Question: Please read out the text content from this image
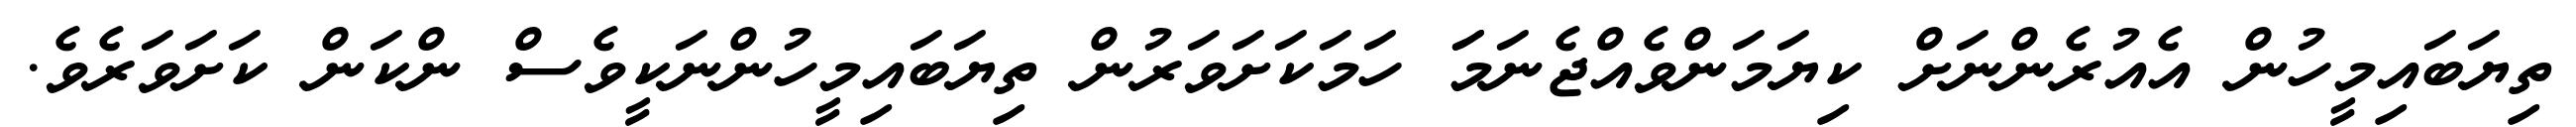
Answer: ތިޔަބައިމީހުން އެއުރެންނަށް ކިޔަމަންވެއްޖެނަމަަ ހަމަކަށަވަރުން ތިޔަބައިމީހުންނަކީވެސް ންކަން ކަށަވަރެވެ.